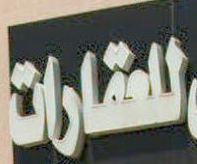
للعقارات